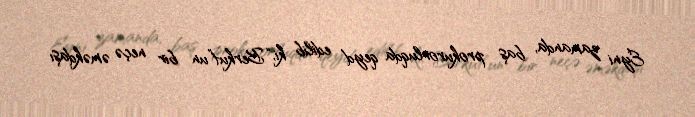
Eyni zamanda, baş prokurorluqda qeyd edilib ki, “Berkut”un bir neçə əməkdaşı